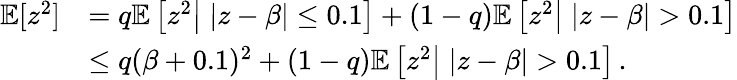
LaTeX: \begin{array}{rl}{\mathbb{E}[z^{2}]}&{=q\mathbb{E}\left[z^{2}\big|\; |z-\beta|\leq 0.1\right]+(1-q)\mathbb{E}\left[z^{2}\big|\; |z-\beta|>0.1\right]}\\ &{\leq q(\beta+0.1)^{2}+(1-q)\mathbb{E}\left[z^{2}\big|\; |z-\beta|>0.1\right]\, .}\end{array}